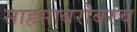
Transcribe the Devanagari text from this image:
साहसाबरोबरच